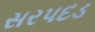
સરપદડ